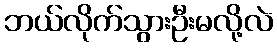
ဘယ်လိုက်သွားဦးမလို့လဲ